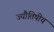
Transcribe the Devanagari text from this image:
ज्यौतिषीय